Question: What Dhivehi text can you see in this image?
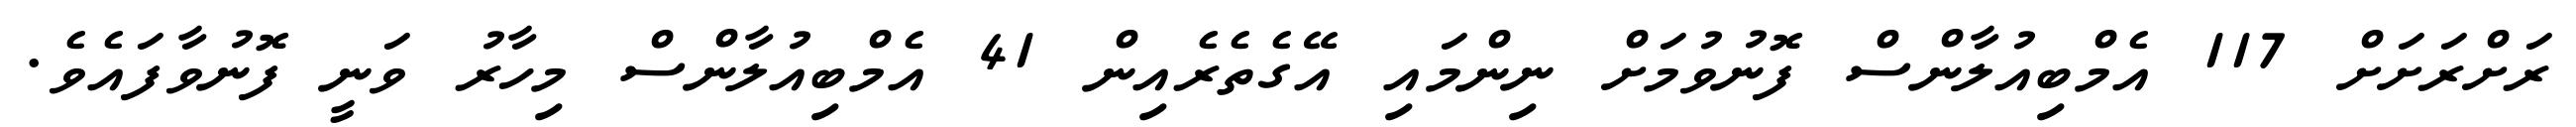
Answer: ރަށްރަށަށް 117 އެމްބިއުލާންސް ފޮނުވުމަށް ނިންމައި އޭގެތެރެއިން 41 އެމްބިއުލާންސް މިހާރު ވަނީ ފޮނުވާފައެވެ.